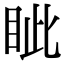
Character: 眦